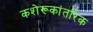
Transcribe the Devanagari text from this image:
कशेरूकांतरिक